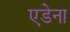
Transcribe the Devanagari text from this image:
एडेना